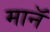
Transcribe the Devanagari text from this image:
मानॅ